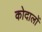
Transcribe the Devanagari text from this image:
कोदालों